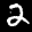
Label: 2